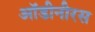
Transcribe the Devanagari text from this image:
ऑडीनीरस